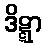
ဒိဋ္ဋာ